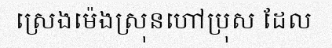
ស្រេងម៉េងស្រុនហៅប្រុស ដែល